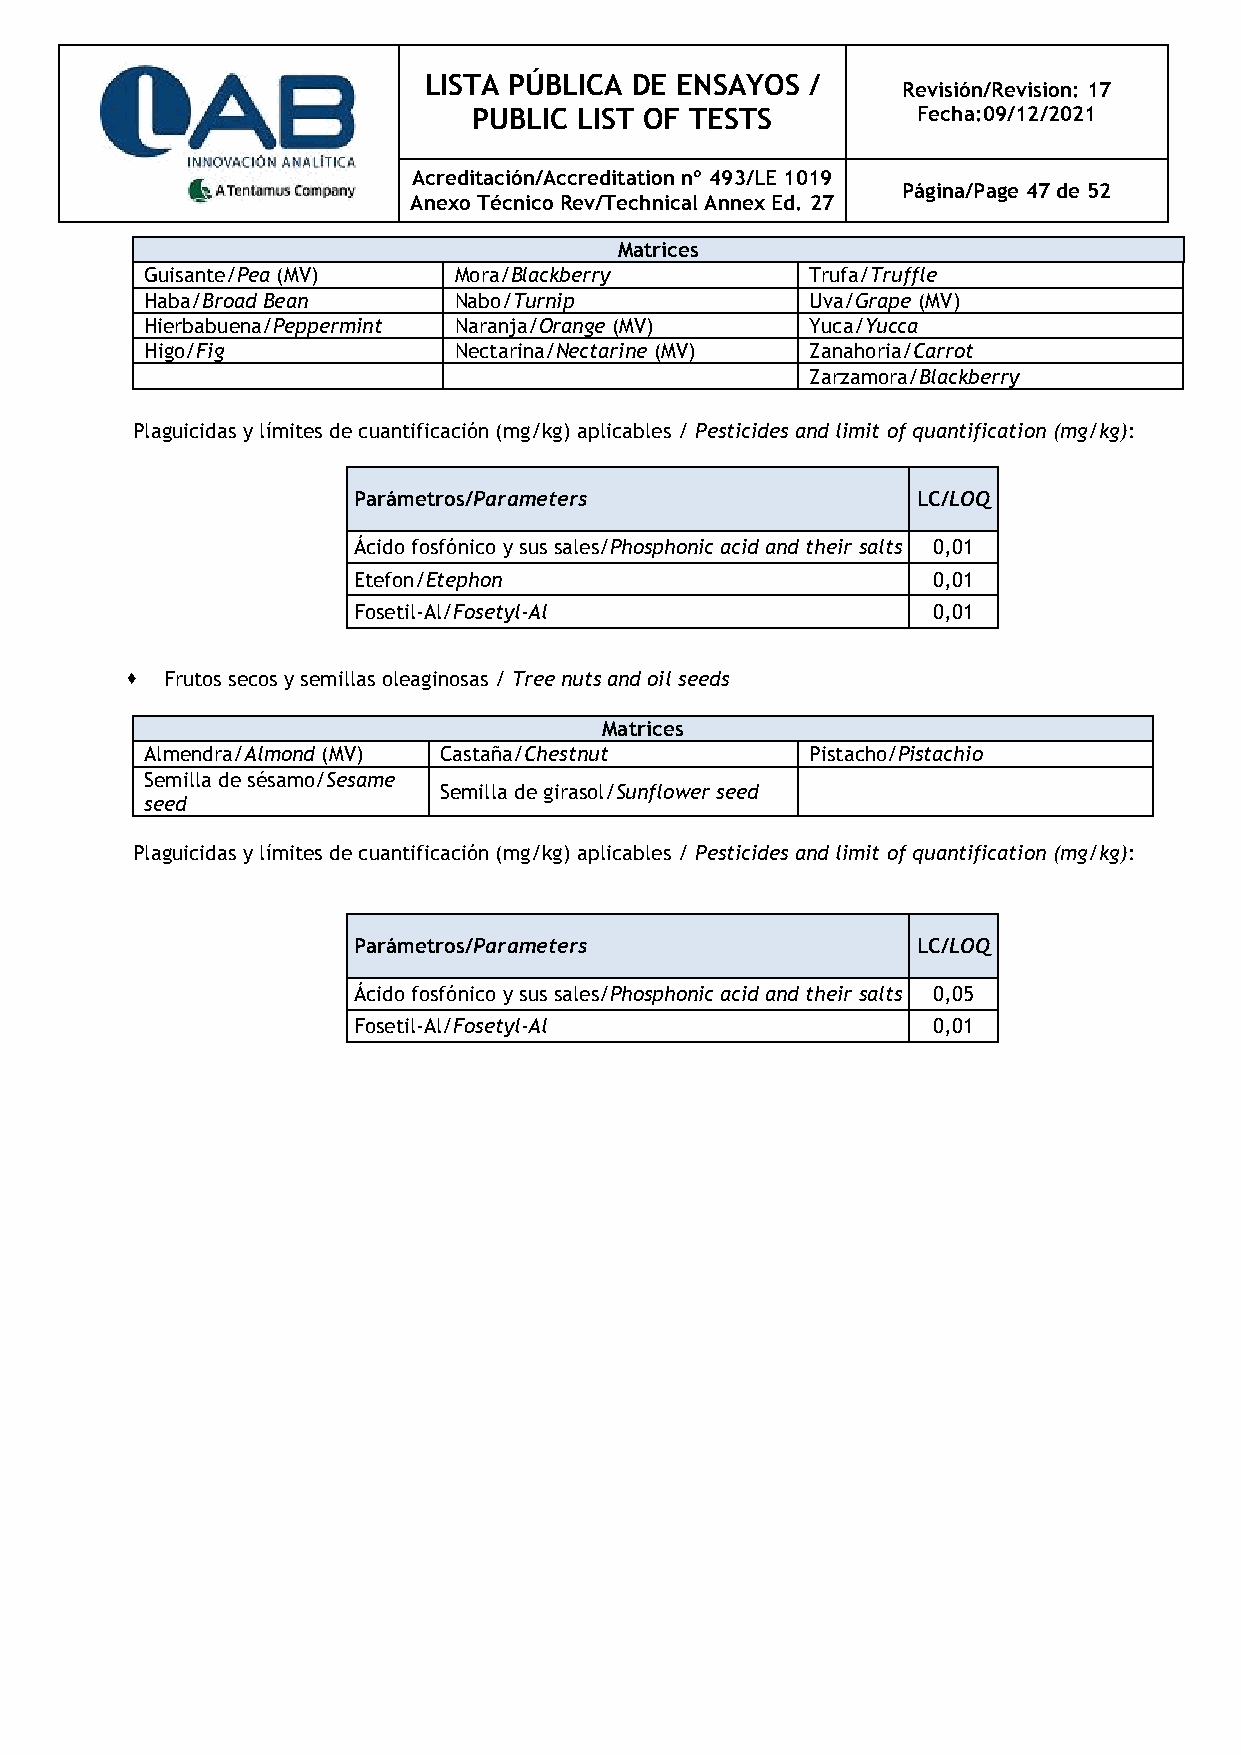
LISTA PÚBLICA DE ENSAYOS  /
 Revisión/Revision: 17
 PUBLIC LIST OF TESTS          Fecha:09/12/2021
 Acreditación/Accreditation nº 493/LE 1019
 Página/Page 47 de 52
 Anexo Técnico Rev/Technical Annex Ed. 27
 Matrices
 Guisante/Pea (MV)   Mora/Blackberry         Trufa/Truffle
 Haba/Broad Bean     Nabo/Turnip             Uva/Grape (MV)
 Hierbabuena/Peppermint Naranja/Orange (MV)  Yuca/Yucca
 Higo/Fig            Nectarina/Nectarine (MV) Zanahoria/Carrot
 Zarzamora/Blackberry
 Plaguicidas y límites de cuantificación (mg/kg) aplicables / Pesticides and limit of quantification (mg/kg):
 Parámetros/Parameters                 LC/LOQ
 Ácido fosfónico y sus sales/Phosphonic acid and their salts 0,01
 Etefon/Etephon                         0,01
 Fosetil-Al/Fosetyl-Al                  0,01
   Frutos secos y semillas oleaginosas / Tree nuts and oil seeds
 Matrices
 Almendra/Almond (MV) Castaña/Chestnut       Pistacho/Pistachio
 Semilla de sésamo/Sesame
 Semilla de girasol/Sunflower seed
 seed
 Plaguicidas y límites de cuantificación (mg/kg) aplicables / Pesticides and limit of quantification (mg/kg):
 Parámetros/Parameters                 LC/LOQ
 Ácido fosfónico y sus sales/Phosphonic acid and their salts 0,05
 Fosetil-Al/Fosetyl-Al                  0,01